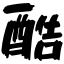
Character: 酷